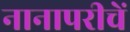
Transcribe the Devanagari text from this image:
नानापरीचें